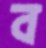
ব